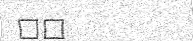
٥٢